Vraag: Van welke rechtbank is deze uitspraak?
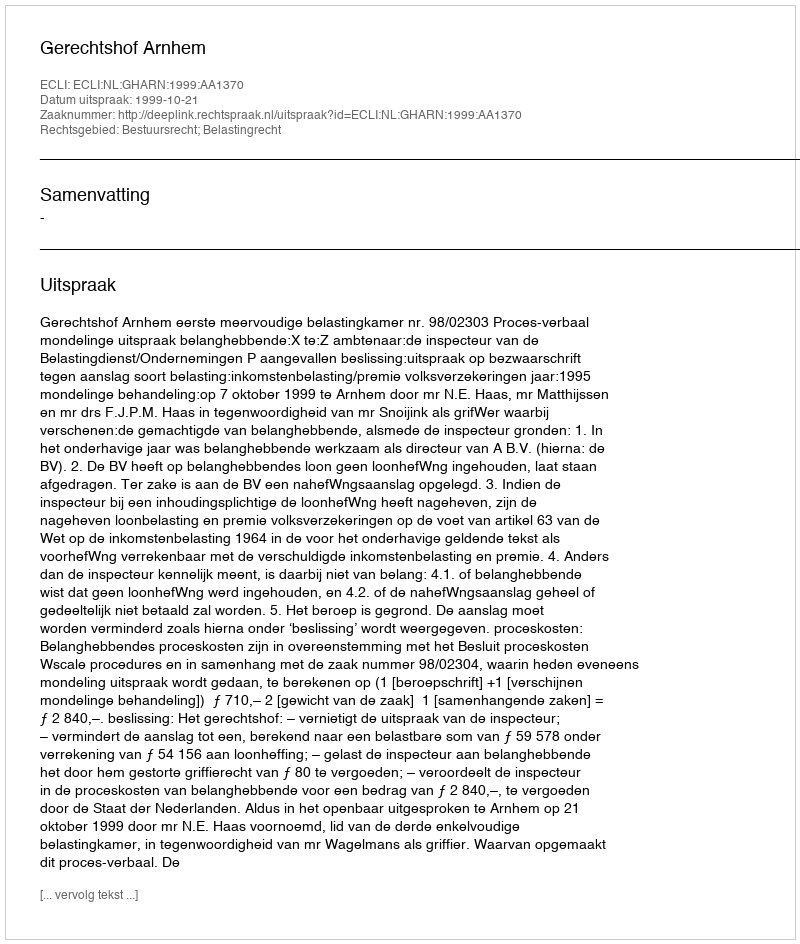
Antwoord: Gerechtshof Arnhem